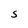
Character: S